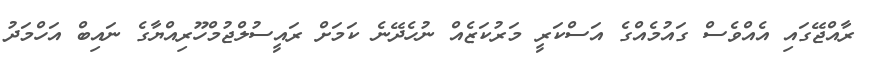
ރާއްޖޭގައި އެއްވެސް ގައުމެއްގެ އަސްކަރީ މަރުކަޒެއް ނުހެދޭނެ ކަަމަށް ރައީސުލްޖުމްހޫރިއްޔާގެ ނައިބް އަހްމަދު